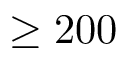
\geq 2 0 0